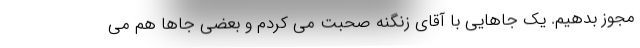
مجوز بدهیم. یک جاهایی با آقای زنگنه صحبت می کردم و بعضی جاها هم می